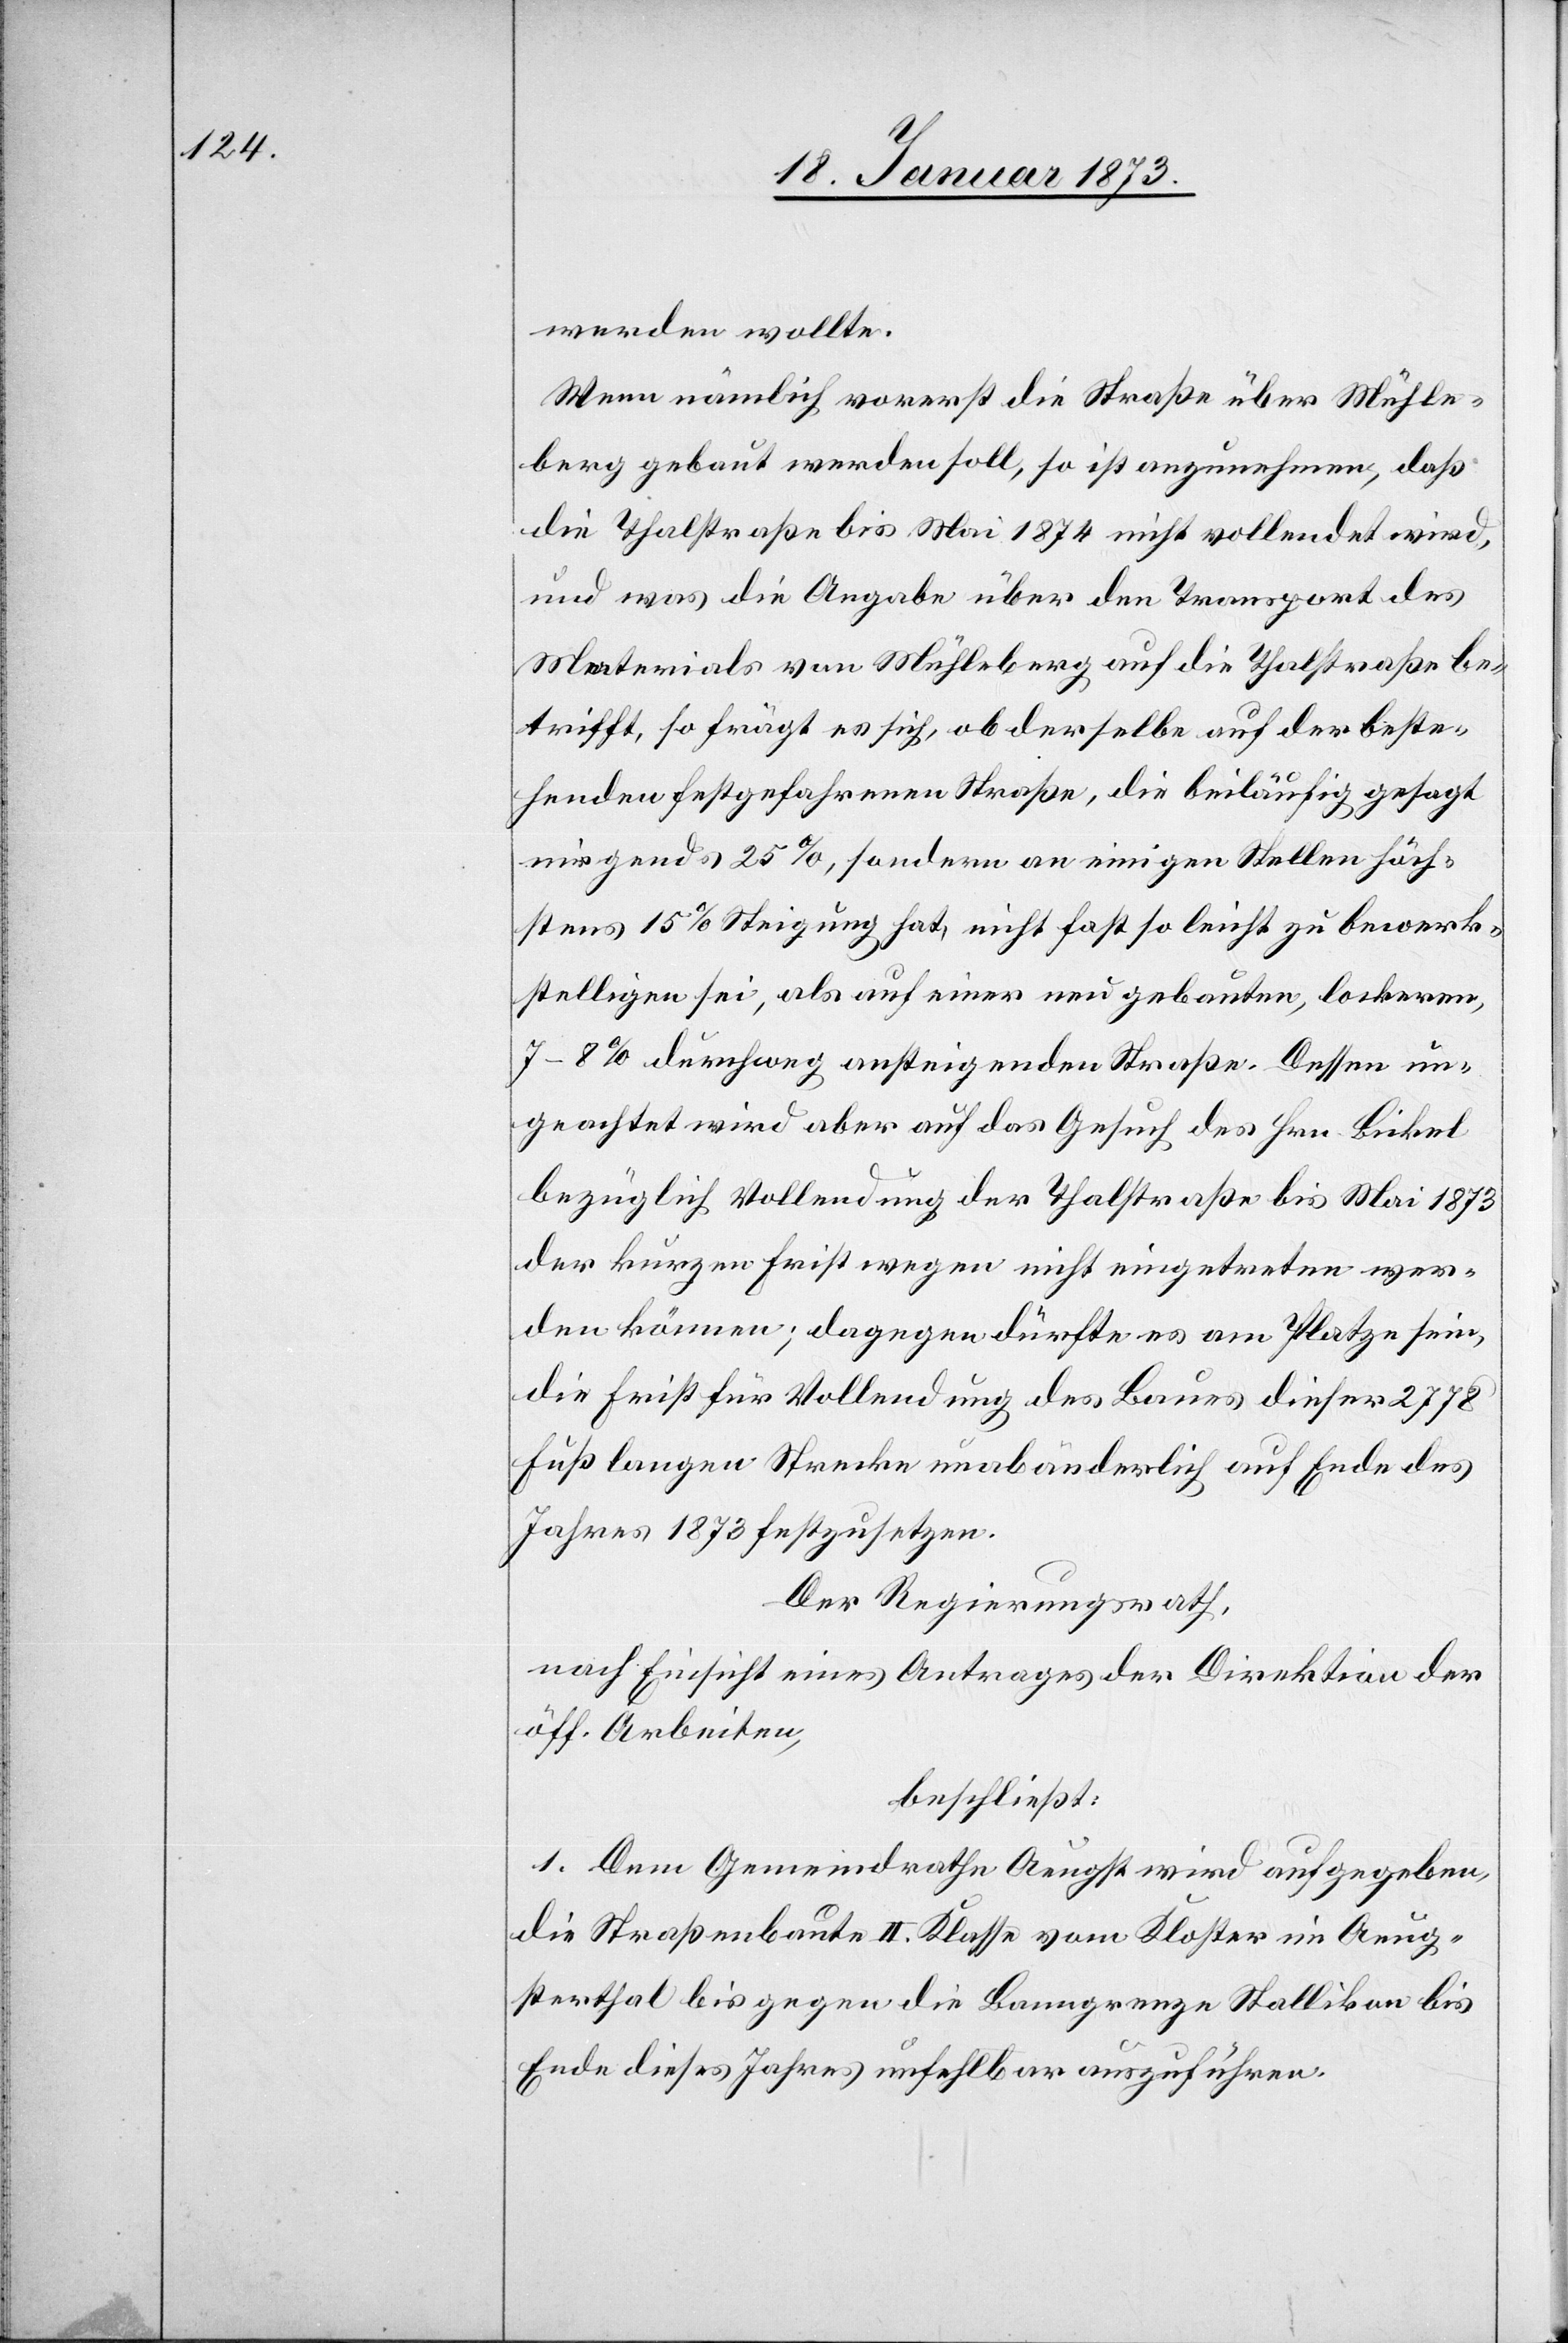
werden wollte.
Wenn nämlich vorerst die Straße über Mühle¬
berg gebaut werden soll, so ist anzunehmen, daß
die Thalstraße bis Mai 1874 nicht vollendet wird,
und was die Angabe über den Transport des
Materials von Mühleberg auf die Thalstraße be¬
trifft, so frägt es sich, ob derselbe auf der beste¬
henden festgefahrenen Straße, die beiläufig gesagt
nirgends 15%, sondern an einigen Stellen höch¬
stens 15% Steigung hat, nicht fast so leicht zu bewerk¬
stelligen sei, als auf einer neu gebauten, lockeren,
7–8% durchweg ansteigenden Straße. Dessen un¬
geachtet wird aber auf das Gesuch des Hrn. Bickel
bezüglich Vollendung der Thalstraße bis Mai 1873
der kurzen Frist wegen nicht eingetreten wer¬
den können; dagegen dürfte es am Platze sein,
die Frist für Vollendung des Baues dieser 2778
Fuß langen Strecke unabänderlich auf Ende des
Jahres 1873 festzusetzen.
Der Regierungsrath,
nach Einsicht eines Antrages der Direktion der
öff. Arbeiten,
beschließt:
1. Dem Gemeindrathe Aeugst wird aufgegeben,
die Straßenbaute II. Klasse vom Kloster im Aeug¬
sterthal bis gegen die Banngrenze Stallikon bis
Ende dieses Jahres unfehlbar auszuführen.